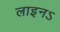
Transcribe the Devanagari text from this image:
लाइनऽ